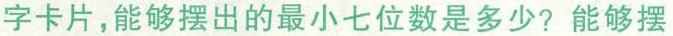
字卡片，能够摆出的最小七位数是多少?能够摆